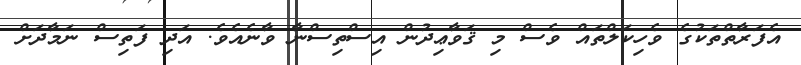
އެފަރާތްތަކުގެ ވެހިކަލްތައް ވެސް މި ޤަވާޢިދުން އިސްތިސްނާ ވާނެއެވެ. އަދި ފަތިސް ނަމާދަށް